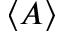
\langle A \rangle